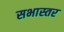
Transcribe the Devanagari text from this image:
सभास्तर